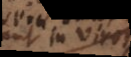
in viros